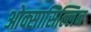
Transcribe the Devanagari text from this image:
ओक्सासिल्लिन